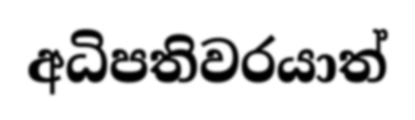
අධිපතිවරයාත්